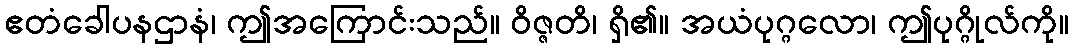
ဧတံခေါပနဌာနံ၊ ဤအကြောင်းသည်။ ဝိဇ္ဇတိ၊ ရှိ၏။ အယံပုဂ္ဂလော၊ ဤပုဂ္ဂိုလ်ကို။